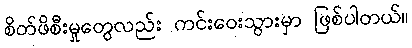
စိတ်ဖိစီးမှုတွေလည်း ကင်းဝေးသွားမှာ ဖြစ်ပါတယ်။